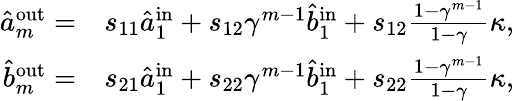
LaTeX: \begin{array}{rl}{\hat{a}_{m}^{\mathrm{{out}}}=}&{s_{11}\hat{a}_{1}^{\mathrm{in}}+s_{12}\gamma^{m-1}\hat{b}_{1}^{\mathrm{{in}}}+s_{12}\frac{1-\gamma^{m-1}}{1-\gamma}\kappa,}\\ {\hat{b}_{m}^{\mathrm{out}}=}&{s_{21}\hat{a}_{1}^{\mathrm{{in}}}+s_{22}\gamma^{m-1}\hat{b}_{1}^{\mathrm{in}}+s_{22}\frac{1-\gamma^{m-1}}{1-\gamma}\kappa,}\end{array}